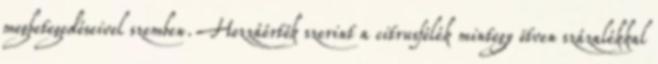
megbetegedéseivel szemben. Hozzáértők szerint a citrusfélék mintegy ötven százalékkal